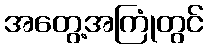
အတွေ့အကြုံတွင်